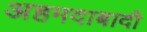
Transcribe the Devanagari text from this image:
अहमदाबादी